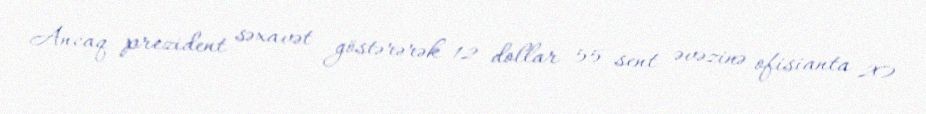
Ancaq prezident səxavət göstərərək 12 dollar 55 sent əvəzinə ofisianta 20